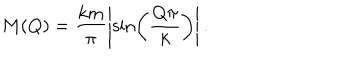
M ( Q ) = \frac { k m } { \pi } \left| \sin \left( \frac { Q \pi } { k } \right) \right| .